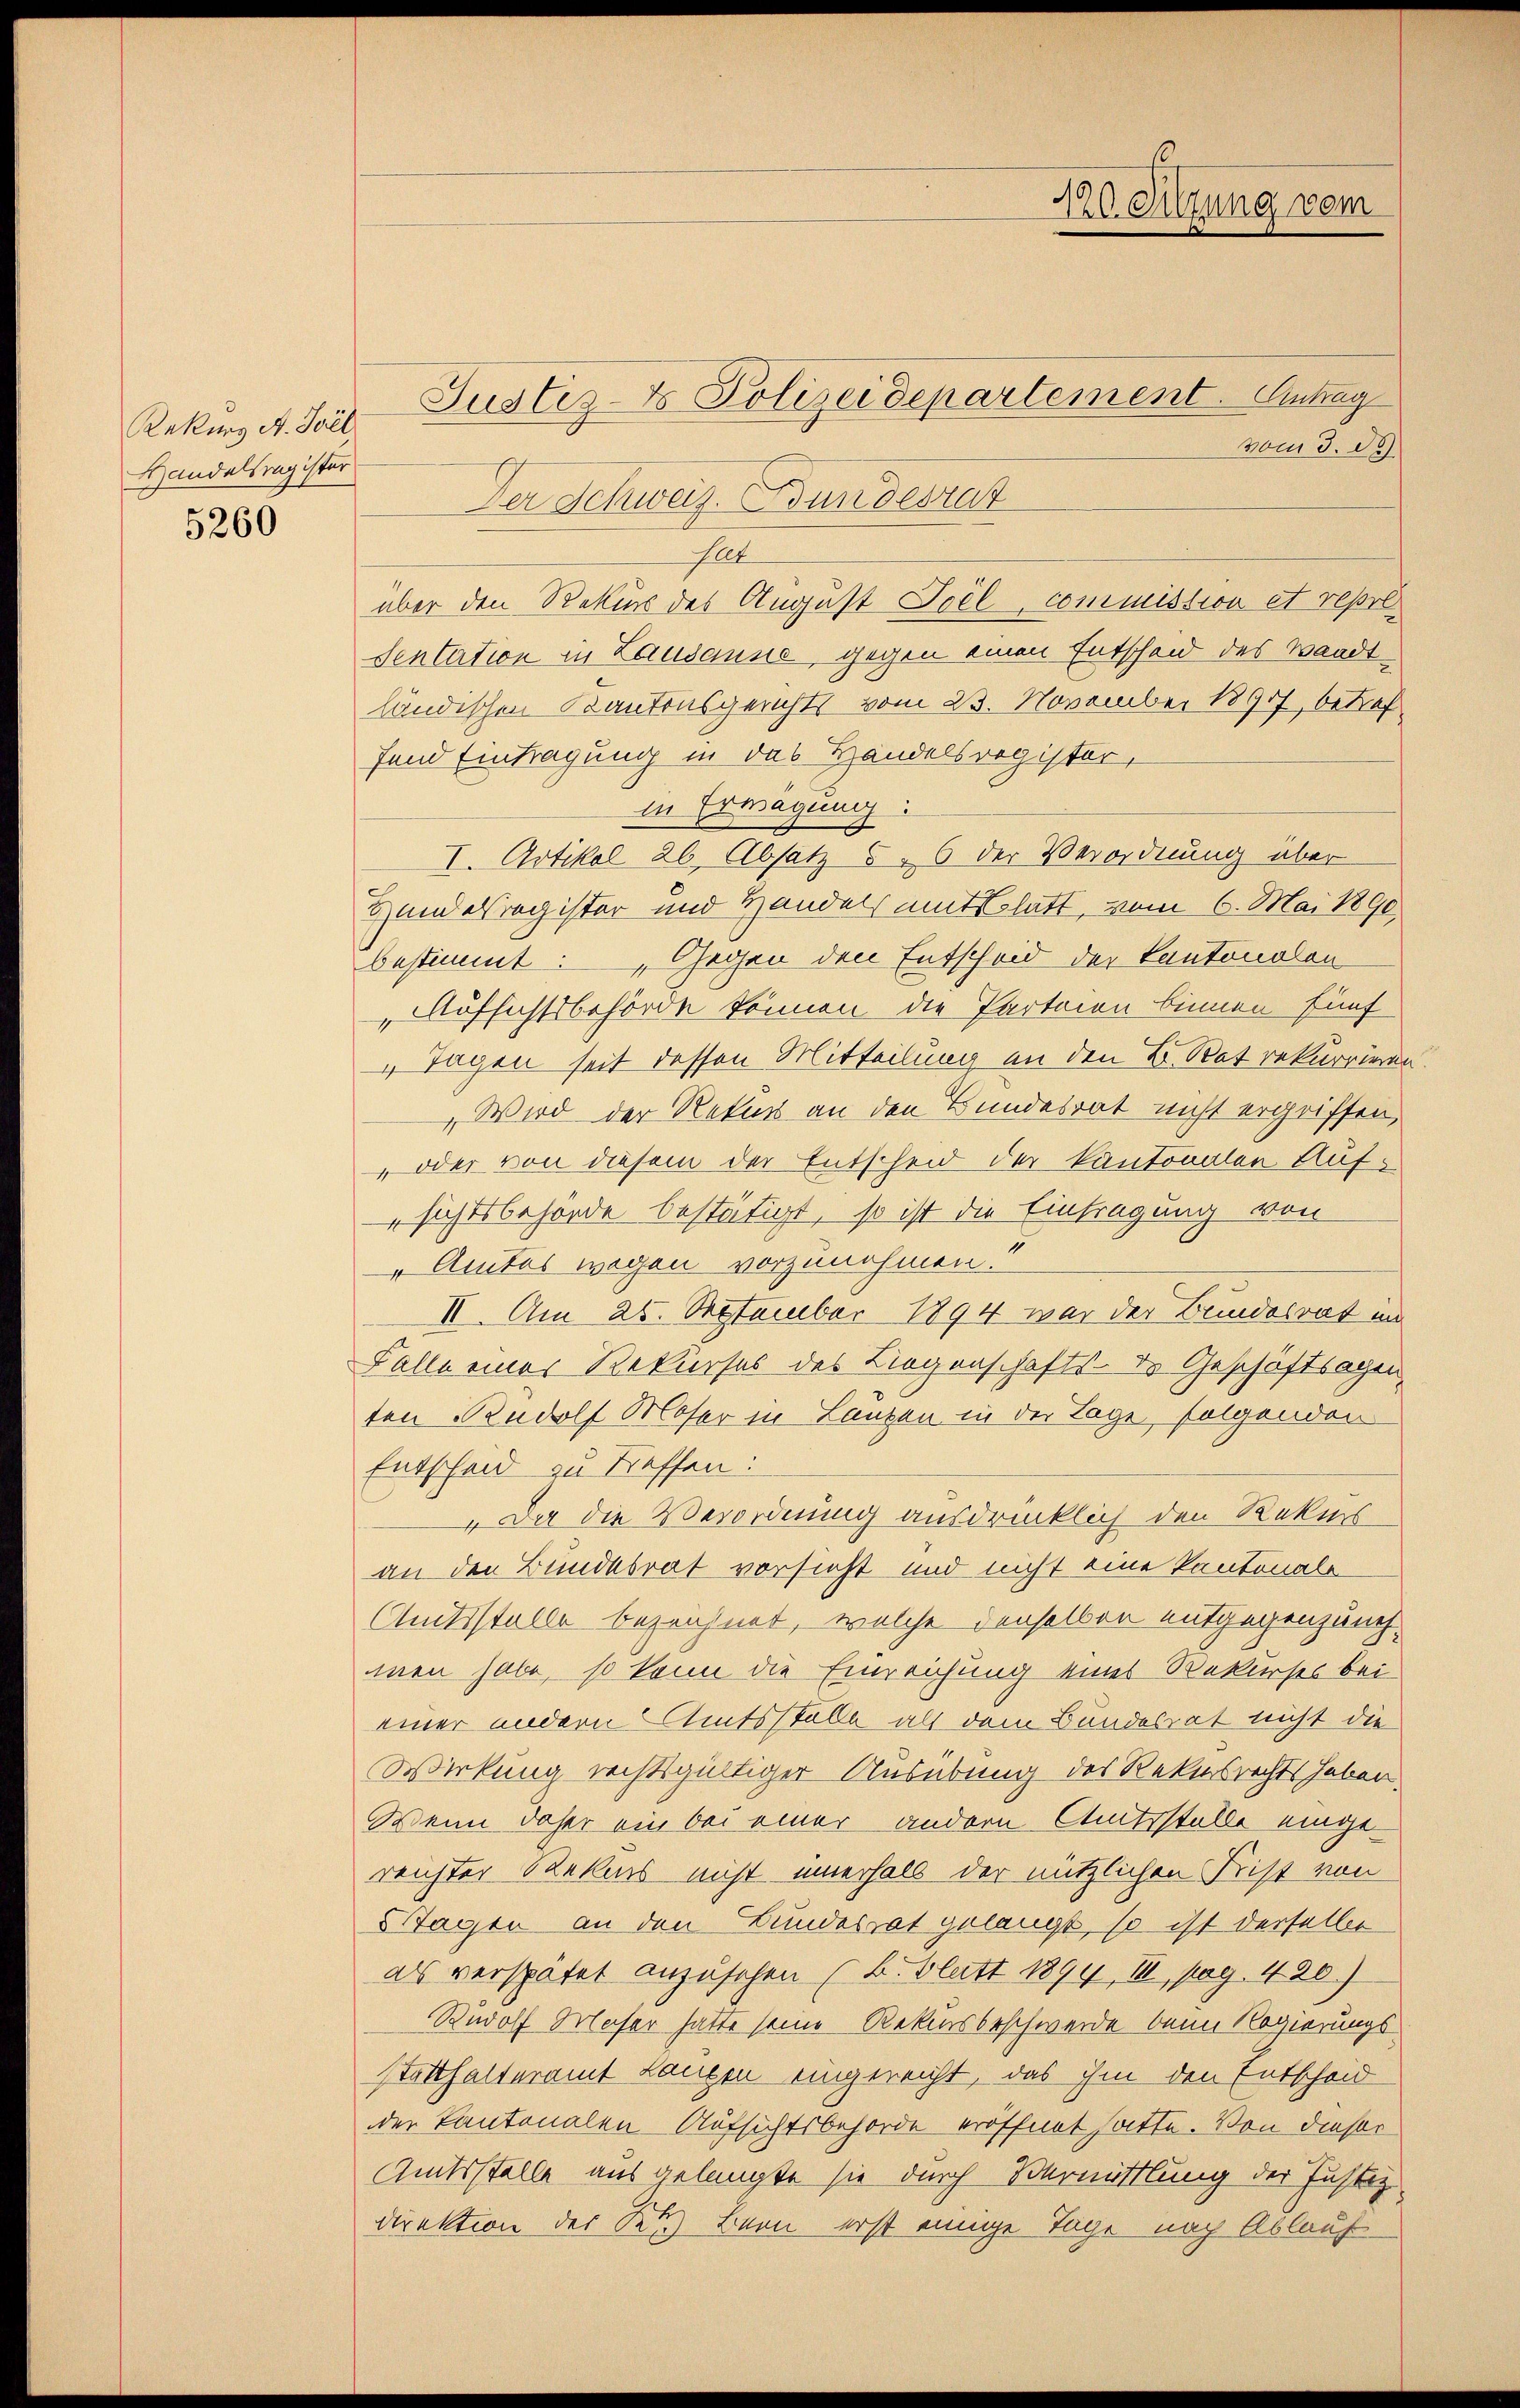
Rekurs A. Svil
Handelsregister
5260

Justiz- & Polizeidepartement. Antrag
vom 3. de
Der Schweiz. Bundesrat
Glet
über den Rekurs des August Teil, commission et reprl.
Sentation in Lausanne, gegen einen Entscheid des Waadt
ländischen Kantonsgerichts vom 23. November 18917, betreffend Eintragung in das Handelsregister,
in Erwägung:
I. Artikel 26. Absatz 56 der Verordnung über
Handesregister und Handels mit hatt, vom 6. Mai 1890
bestimmt: „Gegen den Entscheid der Kantonalen
Aufsichtsbehörde können die Parteien binnen fünf
 Tagen seit dessen Mitteilung an den B. Rat rekurrieren.
Wird der Rekurs an den Bundesrat nicht ergriffen,
 oder von diesem der Entscheid der kantonalen Aufsichtsbehörde bestätigt, so ist die Eintragung von
Amtes wegen vorzunehmen.
II. Am 25. September 1894 war der Bundesrat im
Falle einer Rekurses des Liegenschafts- de Geschäftsagen
ten Rudolf Moser in Lanzen in der Tage folgenden
Entscheid zu treffen:
Da die Verordnung ausdrücklich den Rekurs-
an den Bundesrat vorsicht und nicht eine Kantonale
Amtsstelle bezeichnet, welche denselben entgegenzung
men habe, so kann die Einreichung eines Rekurses bei
einer andern Amtsställe alt dem Bundesrat nicht die
Wirkung rechtsgültiger Ausübung des Rekursrechts haben.
Wenn daher ein bei einer andern Amtsstelle eingereichter Rekurs nicht innerhalb der nützlichen Frist von
Tagen an den Bundesrat gelangt, so ist derselbe
als verspätet anzusehen (B. Blatt 1894, III, pag. 420.)
Rudolf Moser hatte seine Rekursbeschwerde beim Regierungsstatthalteramt Langen eingereicht, das ihm den Entscheid
dder Kantonalen Aufsichtsbehörde eröffnet hatte. Von dieser
Amtsstelle aus gelangte sie durch Vermittlung der Justiz-
Direktion der Setze Bern erst einige Tage nach Ablauf

720. Sitzung vom